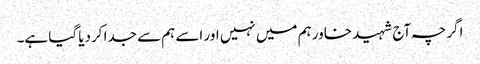
اگرچہ آج شہید خاور ہم میں نہیں اور اسے ہم سے جدا کردیا گیا ہے۔